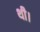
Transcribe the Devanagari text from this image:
थी।